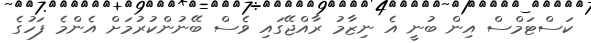
ކަސްޓަމްސް އިން ބުނީ އެ ނިޒާމު ރާއްޖޭގައި ވެސް ބޭނުންކުރުމަށް އެންމެ ފަހުގެ